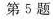
第5题